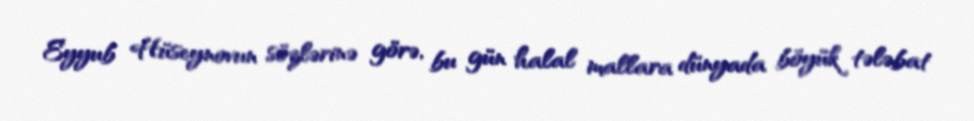
Eyyub Hüseynovun sözlərinə görə, bu gün halal mallara dünyada böyük tələbat